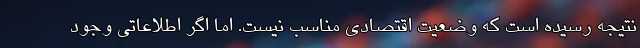
نتیجه رسیده است که وضعیت اقتصادی مناسب نیست. اما اگر اطلاعاتی وجود